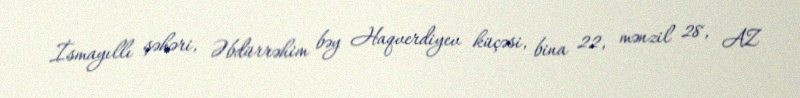
İsmayıllı şəhəri, Əbdürrəhim bəy Haqverdiyev küçəsi, bina 22, mənzil 28, AZ